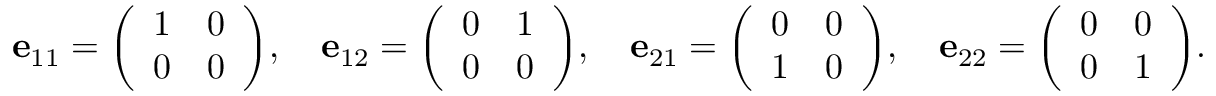
\mathbf { e } _ { 1 1 } = { \left( \begin{array} { l l } { 1 } & { 0 } \\ { 0 } & { 0 } \end{array} \right) } , \quad \mathbf { e } _ { 1 2 } = { \left( \begin{array} { l l } { 0 } & { 1 } \\ { 0 } & { 0 } \end{array} \right) } , \quad \mathbf { e } _ { 2 1 } = { \left( \begin{array} { l l } { 0 } & { 0 } \\ { 1 } & { 0 } \end{array} \right) } , \quad \mathbf { e } _ { 2 2 } = { \left( \begin{array} { l l } { 0 } & { 0 } \\ { 0 } & { 1 } \end{array} \right) } .